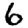
Digit: 6